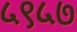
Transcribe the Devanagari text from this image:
५९५७